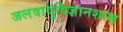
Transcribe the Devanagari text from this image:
जलवायुविज्ञानशास्र